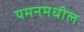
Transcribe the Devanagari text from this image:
यमनमधील